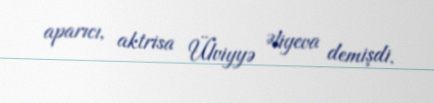
aparıcı, aktrisa Ülviyyə Əliyeva demişdi.